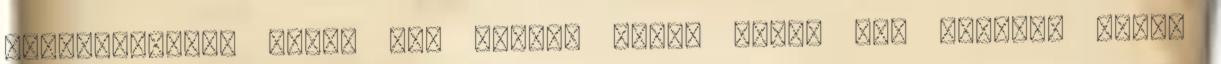
felragyogtam: végre egy egyéni hang, végre egy nyolcas Aztán